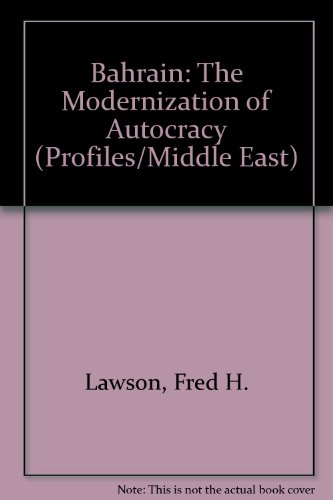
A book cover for Bahrain: The Modernization of Autocracy (Nations of the Contemporary Middle East); Fred H. Lawson; History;